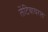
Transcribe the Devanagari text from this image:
लेंटिवायरल